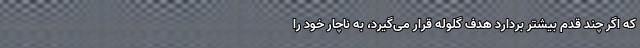
که اگر چند قدم بیشتر بردارد هدف گلوله قرار می‌گیرد، به ناچار خود را